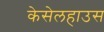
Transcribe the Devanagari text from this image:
केसेलहाउस